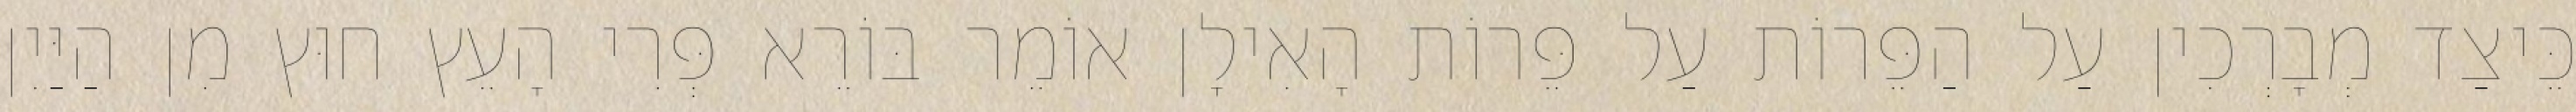
כֵּיצַד מְבָרְכִין עַל הַפֵּרוֹת עַל פֵּרוֹת הָאִילָן אוֹמֵר בּוֹרֵא פְּרִי הָעֵץ חוּץ מִן הַיַּיִן